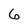
Character: 6